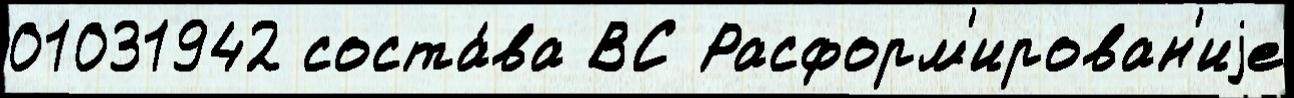
01031942 соста́ва ВС Расформ'ирован'иjе